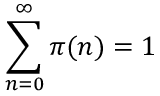
\sum _ { n = 0 } ^ { \infty } \pi ( n ) = 1